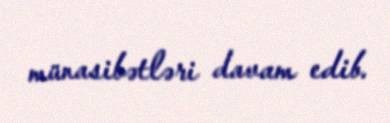
münasibətləri davam edib.